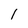
Character: 1